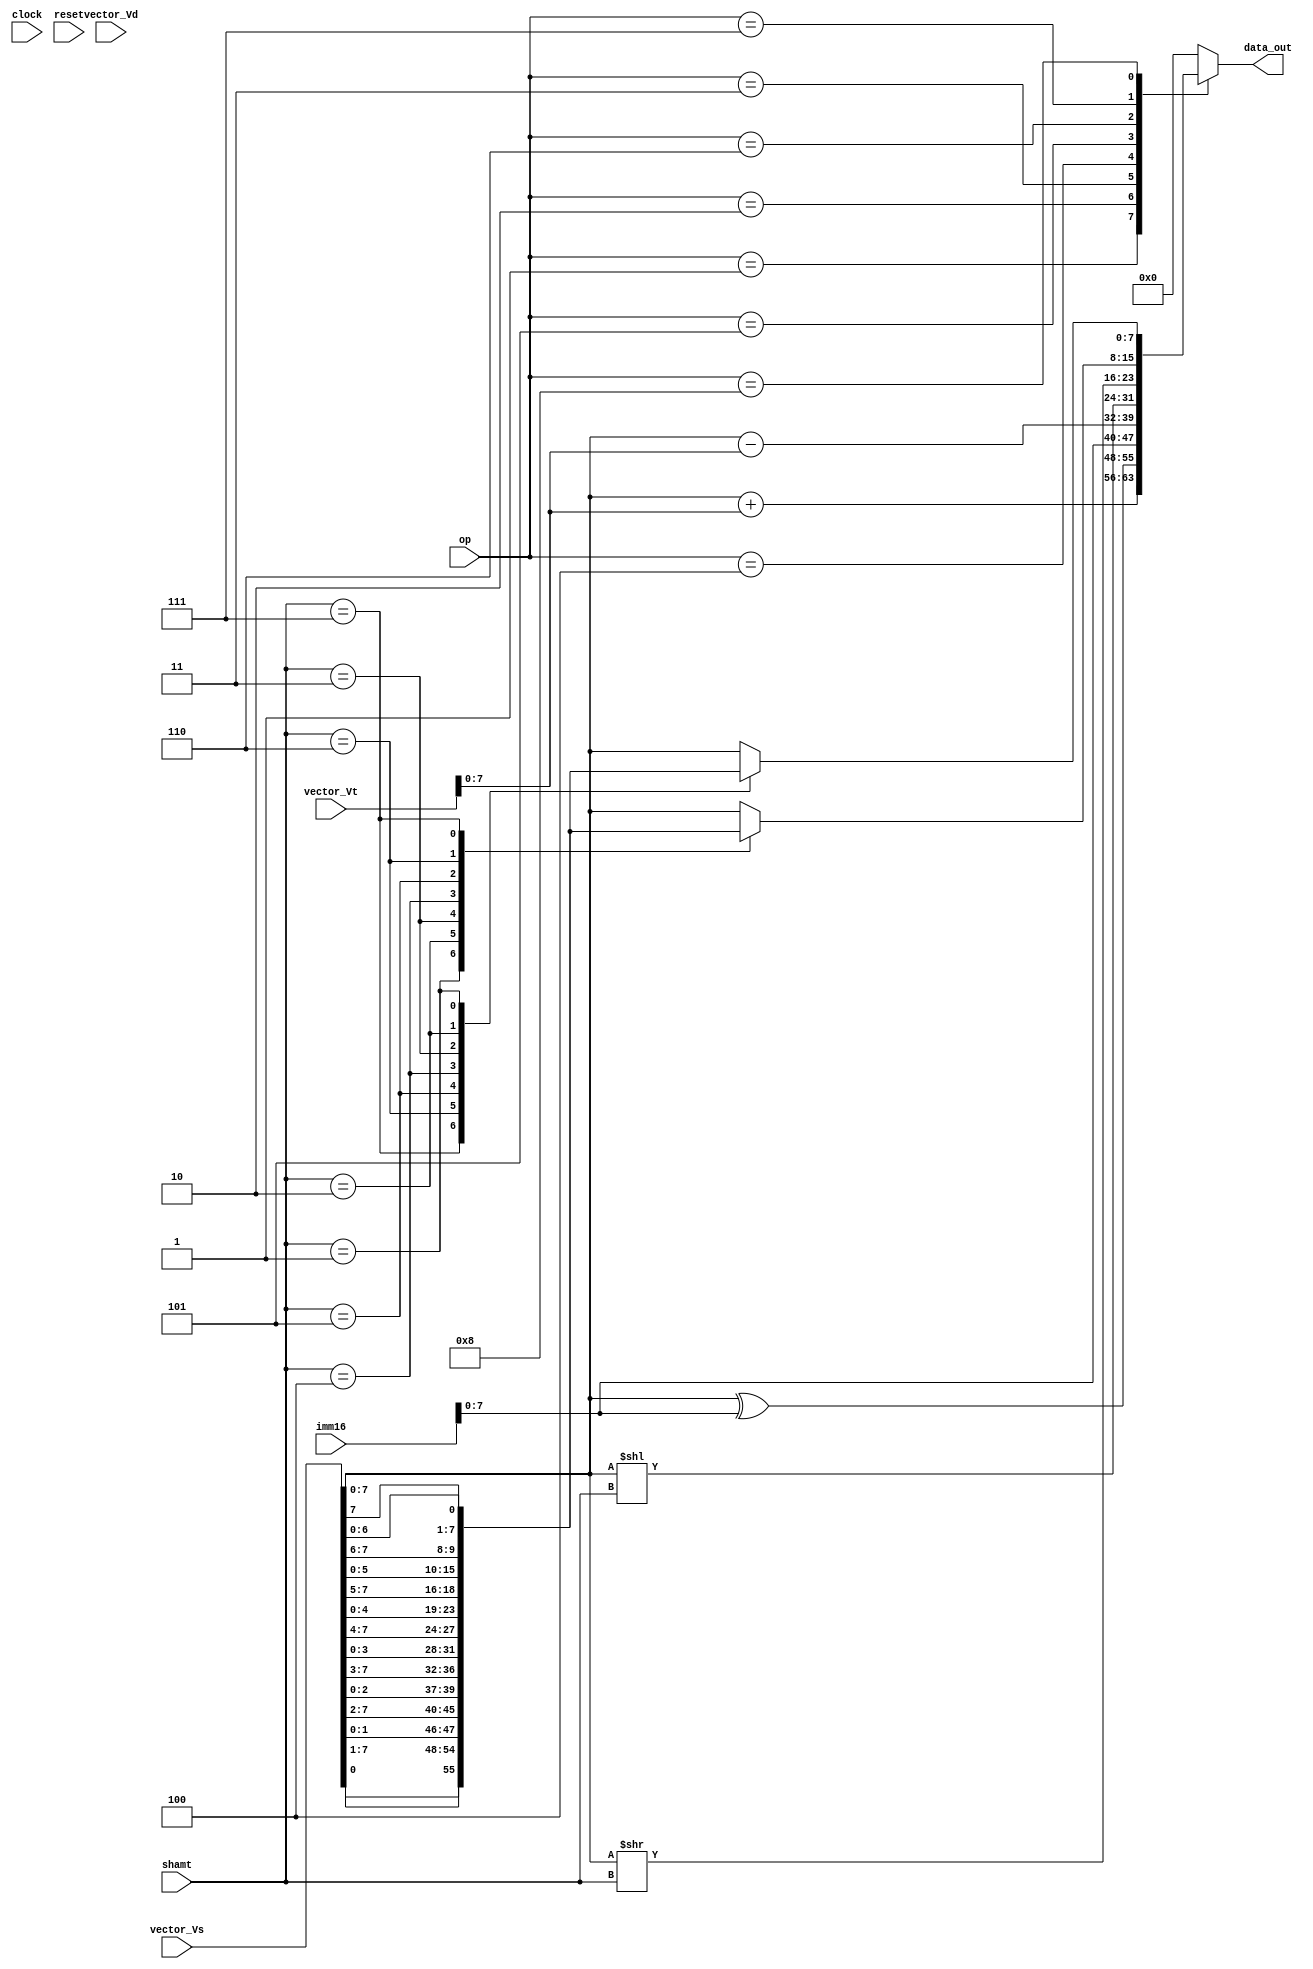
//*** Vector Processor Lane Definition ***//
module lane_vectorial (clock, reset, op, imm16, shamt, data_out,
vector_Vd, vector_Vs, vector_Vt);

// Parameters
parameter index = 0;
parameter width = 8;

// Module IOs
input clock;
input reset;
input [3:0] op;
input [11:0] shamt;
input [15:0] imm16;
input [31:0] vector_Vd;
input [31:0] vector_Vt;
input [31:0] vector_Vs;
output [7:0] data_out;

//Guarda el resultado de la operacion
reg [7:0] result;
reg [7:0] res;

//assign imm8 = imm16[7:0];

//En esta parte realiza las operaciones a los elementos del vector
always @(op)
  begin
   
    case (op) 
      4'b0001 : result = vector_Vs[((width*(index+1))-1): (width*index)] + 
						vector_Vt[((width*(index+1))-1): (width*index)]; // ADD.v
						
	  4'b0010 : result = vector_Vs[((width*(index+1))-1): (width*index)] ^ //XOR vector inmediato
						imm16[7:0]; 
	  4'b0011 : result = imm16[7:0];      // MOV.V
	  
	  4'b0100 : result = vector_Vs[((width*(index+1))-1): (width*index)] - 
						vector_Vt[((width*(index+1))-1): (width*index)]; // SUB.v
	
	  4'b0101 : result = vector_Vs[((width*(index+1))-1): (width*index)] << shamt ;     // LSL.V	
	  
	  4'b0110 : result = vector_Vs[((width*(index+1))-1): (width*index)] >> shamt ;     // LSR.V
	  
	  4'b0111 : 
	   begin
		res = vector_Vs[((width*(index+1))-1): (width*index)];     // ROR.V
			case (shamt)
				12'd1 : result = {res[0],res[7:1]};
				12'd2 : result = {res[2-1:0],res[7:2]};
				12'd3 : result = {res[3-1:0],res[7:3]};
				12'd4 : result = {res[4-1:0],res[7:4]};
				12'd5 : result = {res[5-1:0],res[7:5]};
				12'd6 : result = {res[6-1:0],res[7:6]};
				12'd7 : result = {res[7-1:0],res[7]};
				default: result = res;
			endcase
		end
		
		4'b1000 : 
	   begin
		res = vector_Vs[((width*(index+1))-1): (width*index)];     // ROL.V
			case (shamt)
				12'd7 : result = {res[0],res[7:1]};
				12'd6 : result = {res[2-1:0],res[7:2]};
				12'd5 : result = {res[3-1:0],res[7:3]};
				12'd4 : result = {res[4-1:0],res[7:4]};
				12'd3 : result = {res[5-1:0],res[7:5]};
				12'd2 : result = {res[6-1:0],res[7:6]};
				12'd1 : result = {res[7-1:0],res[7]};
				default: result = res;
			endcase
		end

      default : result = 8'd0;
   endcase
 end



//Aqui agrega seales para escribir en memoria y ademas retorna la salida//
assign data_out = result; //Hay que agregar esto
						

endmodule // Vector_Lane Module